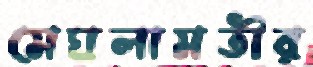
মেঘলামতীর